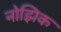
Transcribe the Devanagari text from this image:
नोझिक